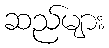
ဆည်များ